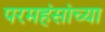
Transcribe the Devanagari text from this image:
परमहंसांच्या